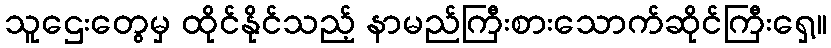
သူဌေးတွေမှ ထိုင်နိုင်သည့် နာမည်ကြီးစားသောက်ဆိုင်ကြီးရှေ့။